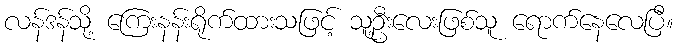
လန်ဒန်သို့ ကြေးနန်းရိုက်ထားသဖြင့် သူ့ဦးလေးဖြစ်သူ ရောက်နေလေပြီ။